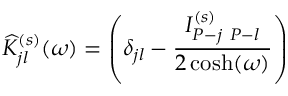
\widehat { \cal K } _ { j l } ^ { ( s ) } ( \omega ) = \left( \delta _ { j l } - \frac { { \cal I } _ { P - j \ P - l } ^ { ( s ) } } { 2 \cosh ( \omega ) } \right)